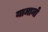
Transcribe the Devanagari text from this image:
यामानो